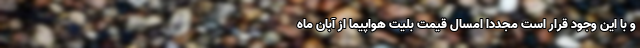
و با این وجود قرار است مجددا امسال قیمت بلیت هواپیما از آبان ماه